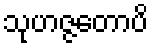
သုဟဇ္ဇတောပိ